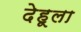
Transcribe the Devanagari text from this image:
देहूला